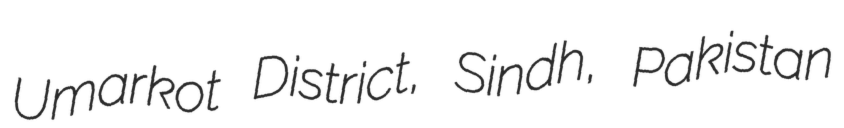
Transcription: Umarkot District, Sindh, Pakistan